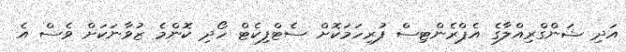
އަދި ޝަންގްރިއްލާގެ އެޕްރެންޓިސް ފުރިހަމަކޮށް ސެޓްފިކެޓް ހޯދި ކޮންމެ ޒުވާނަކަށް ވެސް އެ